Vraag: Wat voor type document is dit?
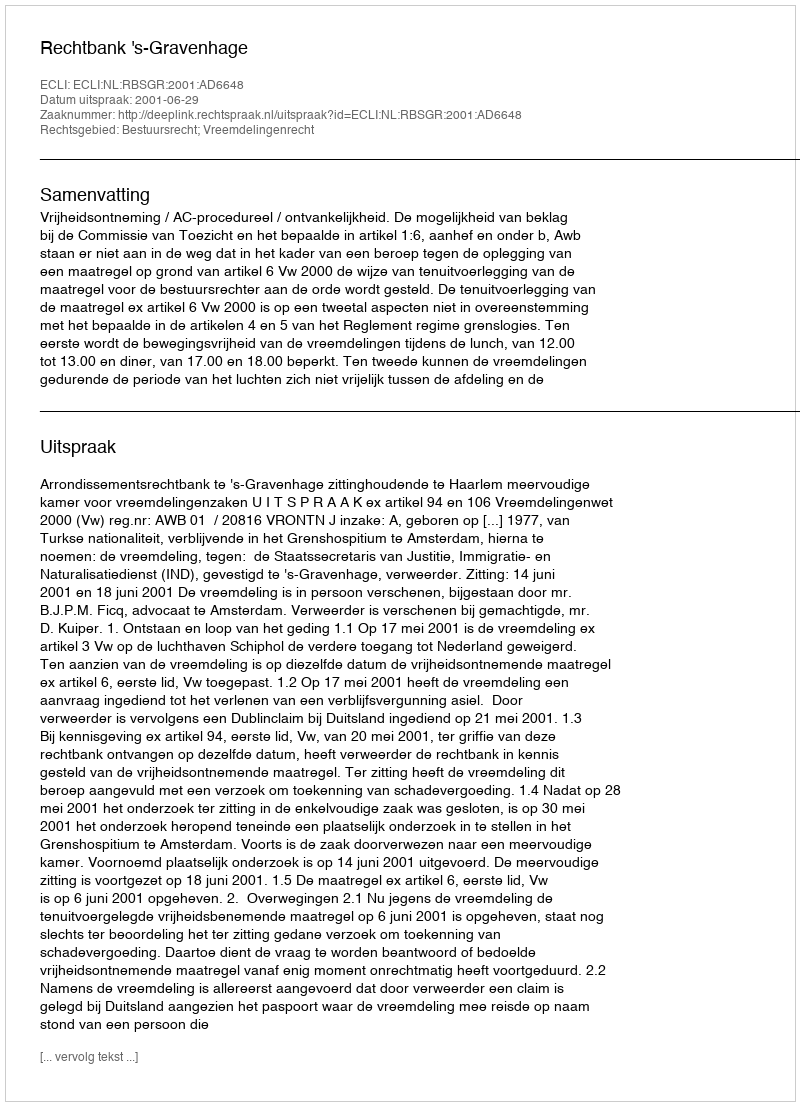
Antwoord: Uitspraak